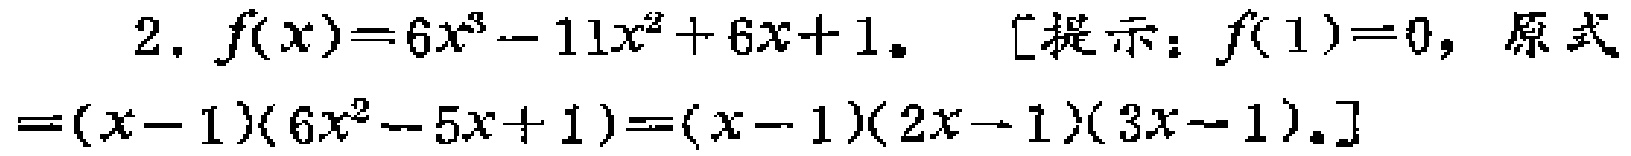
2. \(f(x)=6x^{3}-11x^{2}+6x + 1\).  [提示：\(f(1)=0\)，原式\(=(x - 1)(6x^{2}-5x + 1)=(x - 1)(2x - 1)(3x - 1)\).]